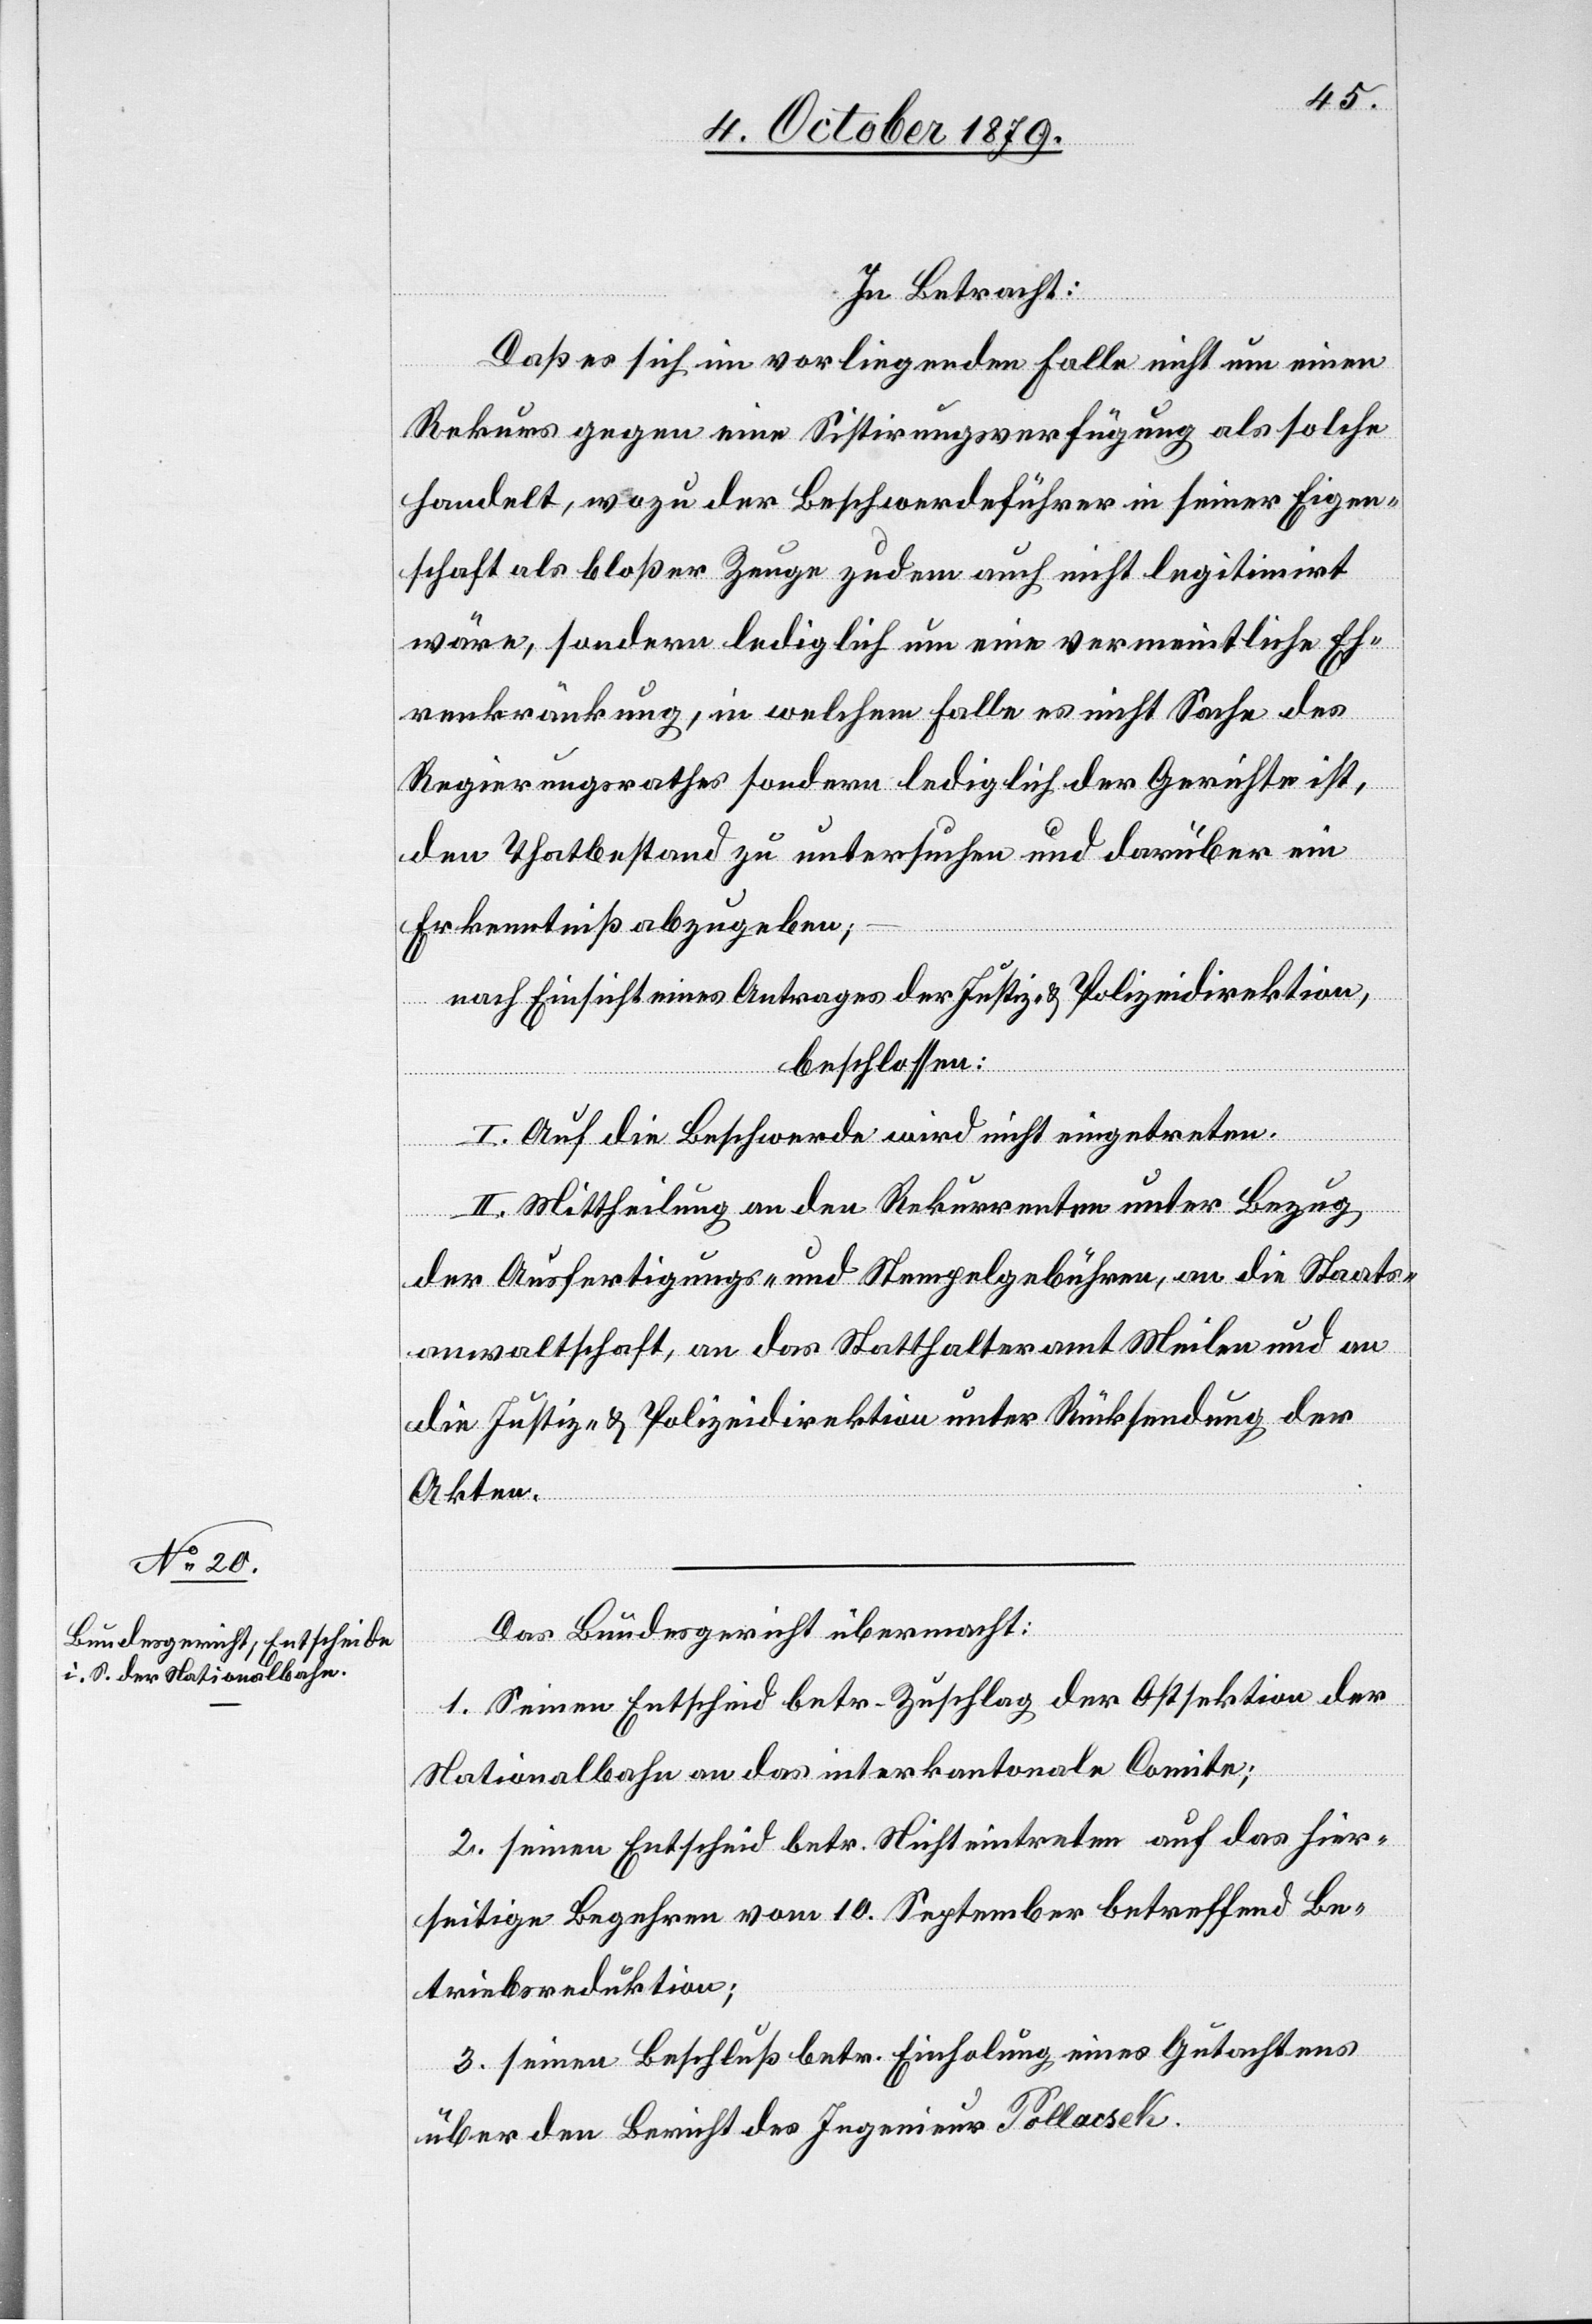
In Betracht:
Daß es sich im vorliegenden Falle nicht um einen
Rekurs gegen eine Sistirungsverfügung als solche
handelt, wozu der Beschwerdeführer in seiner Eigen¬
schaft als bloßer Zeuge zudem auch nicht legitimiert
wäre, sondern lediglich um eine vermeintliche Eh¬
renkränkung, in welchem Falle es nicht Sache des
Regierungsrathes sondern lediglich der Gemeinde ist,
den Thatbestand zu untersuchen und darüber ein
Erkenntniß abzugeben;
nach Einsicht eines Antrages der Justiz- & Polizeidirektion,
beschlossen:
I. Auf die Beschwerde wird nicht eingetreten.
II. Mittheilung an den Rekurrenten unter Bezug
der Ausfertigungs- und Stempelgebühren, an die Staats¬
anwaltschaft, an das Statthalteramt Meilen und an
die Justiz- & Polizeidirektion unter Rückstellung der
Akten.
Das Bundesgericht übermacht:
1. Seinen Entscheid betr. Zuschlag der Ostsektion der
Nationalbahn an das interkantonale Comite;
2. Seinen Entscheid betr. Nichteintreten auf das hier¬
seitige Begehren vom 10. September betreffend Be¬
triebsreduktion;
3. Seinen Beschluss betr. Einholung eines Gutachtens
über den Bericht des Ingenieur Pollacsek.